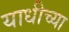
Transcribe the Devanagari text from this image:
याधीच्या